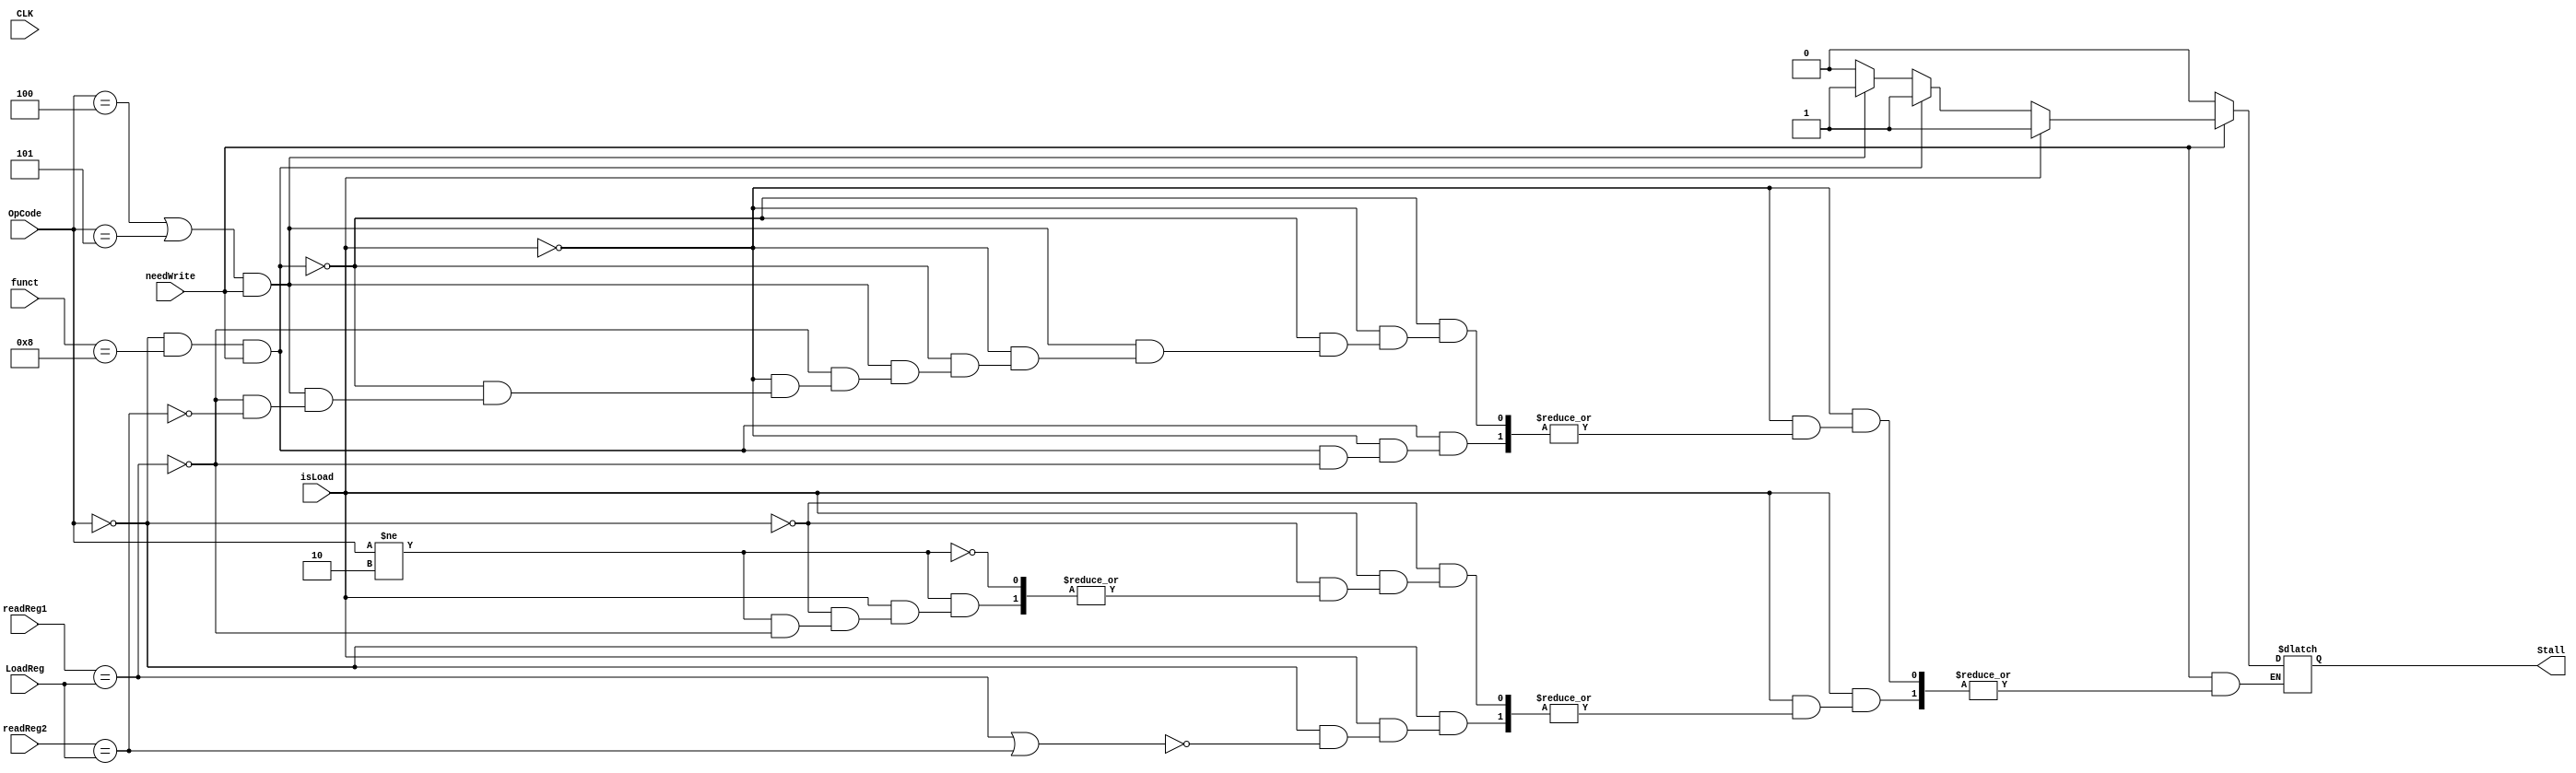
module Stall_detect(
        input CLK,
        input [5:0] OpCode,
        input [5:0] funct,
        input [4:0] readReg1,
        input [4:0] readReg2,
        input needWrite,
        input isLoad,
        input [4:0] LoadReg,
        output Stall
    );
    
    reg stall;
    
    always@ (OpCode or readReg1 or readReg2 or isLoad or LoadReg or needWrite)
    begin
        if(isLoad == 1)
        begin
            if(OpCode == 6'b000000) 
            // current is R type, and previous is LW
            begin
                if(readReg1 == LoadReg || readReg2 == LoadReg)
                    stall = 1;
            end
            else if(OpCode != 6'b000010)
            // all other instruction except jump type
            begin
                if(readReg1 == LoadReg)
                    stall = 1;
            end
        end
        else if(OpCode == 6'b000000 && funct == 6'b001000 && needWrite)
        //jr, need to get register result at ID stage
        begin
            if(readReg1 == LoadReg)
                    stall = 1;
        end
        else if((OpCode == 6'b000100 || OpCode == 6'b000101) && needWrite)
        //branch, need to get register result at ID stage
        begin
            if(readReg1 == LoadReg)
                    stall = 1;
            else if(readReg2 == LoadReg)
                    stall = 1;
        end
        else stall = 0;
        
        if(needWrite != 1) stall = 0;
    end
    
    assign Stall = stall;
    
endmodule